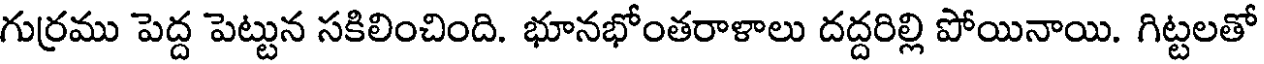
గుర్రము పెద్ద పెట్టున సకిలించింది. భూనభోంతరాళాలు దద్దరిల్లి పోయినాయి. గిట్టలతో